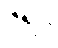
ဇရပ်